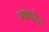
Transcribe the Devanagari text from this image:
स्वाक्षरीने